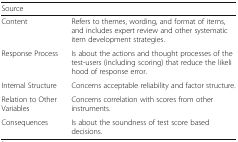
| Source |  |
 | --- | --- |
 | Content | Refers to themes, wording, and format of items, and includes expert review and other systematic item development strategies. |
 | Response Process | Is about the actions and thought processes of the test-users (including scoring) that reduce the likelihood of response error. |
 | Internal Structure | Concerns acceptable reliability and factor structure. |
 | Relation to Other Variables | Concerns correlation with scores from other instruments. |
 | Consequences | Is about the soundness of test score based decisions. |